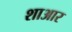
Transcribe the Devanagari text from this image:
शाआर